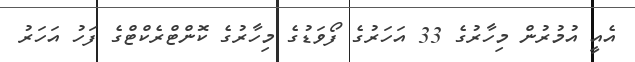
އެއީ އުމުރުން މިހާރުގެ 33 އަހަރުގެ ފޯވަޑުގެ މިހާރުގެ ކޮންޓްރެކްޓްގެ ފަހު އަހަރު